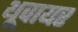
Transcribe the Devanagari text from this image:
थूवायर